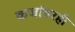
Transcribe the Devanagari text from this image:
कर्जावरही